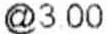
@ 3.00